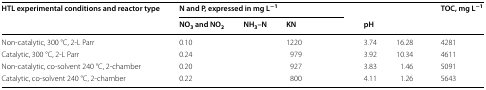
<table><thead><tr><td rowspan="2"><b>HTL experimental conditions and reactor type</b></td><td colspan="4"><b>N and P, expressed in mg L<sup>−1</sup></b></td><td>[EMPTY_CELL]</td><td rowspan="2">[EMPTY_CELL]</td><td rowspan="2"><b>TOC, mg L<sup>−1</sup></b></td></tr><tr><td><b>NO<sub>3</sub> and NO<sub>2</sub></b></td><td><b>NH<sub>3</sub>–N</b></td><td><b>KN</b></td><td>[EMPTY_CELL]</td><td><b>pH</b></td></tr></thead><tbody><tr><td>Non-catalytic, 300 °C, 2-L Parr</td><td>0.10</td><td>[EMPTY_CELL]</td><td>1220</td><td>[EMPTY_CELL]</td><td>3.74</td><td>16.28</td><td>4281</td></tr><tr><td>Catalytic, 300 °C, 2-L Parr</td><td>0.24</td><td>[EMPTY_CELL]</td><td>979</td><td>[EMPTY_CELL]</td><td>3.92</td><td>10.34</td><td>4611</td></tr><tr><td>Non-catalytic, co-solvent 240 °C, 2-chamber</td><td>0.20</td><td>[EMPTY_CELL]</td><td>927</td><td>[EMPTY_CELL]</td><td>3.83</td><td>1.46</td><td>5091</td></tr><tr><td>Catalytic, co-solvent 240 °C, 2-chamber</td><td>0.22</td><td>[EMPTY_CELL]</td><td>800</td><td>[EMPTY_CELL]</td><td>4.11</td><td>1.26</td><td>5643</td></tr></tbody></table>